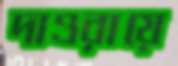
দাওরায়ে